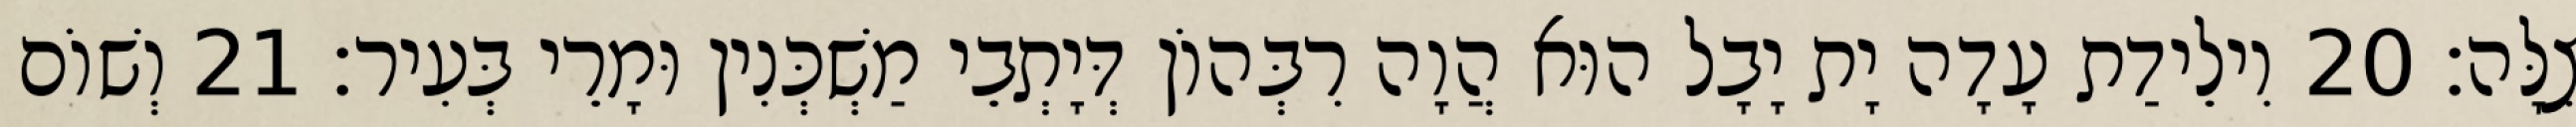
צִלָּה׃ 20 וִילֵידַת עָדָה יָת יָבָל הוּא הֲוָה רִבְּהוֹן דְּיָתְבֵי מַשְׁכְּנִין וּמָרֵי בְּעִיר׃ 21 וְשׁוֹם